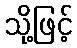
သို့ဖြင့်